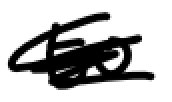
Text: to
Cross-out: scratch
Writing tool: digital_black